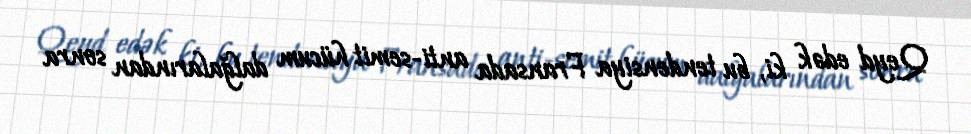
Qeyd edək ki, bu tendensiya Fransada anti-semit hücum dalğalarından sonra